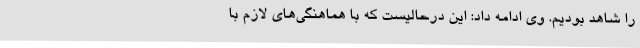
را شاهد بودیم. وی ادامه داد: این درحالیست که با هماهنگی‌های لازم با